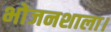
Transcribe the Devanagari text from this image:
भोजनशाला।